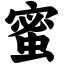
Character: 蜜